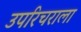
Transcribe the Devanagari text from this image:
उपरिचराला